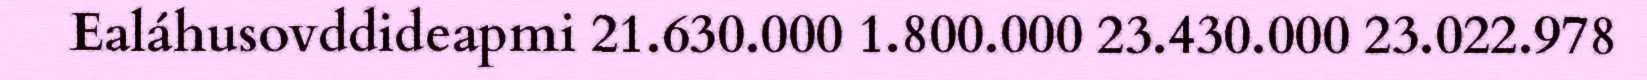
Ealáhusovddideapmi 21.630.000 1.800.000 23.430.000 23.022.978